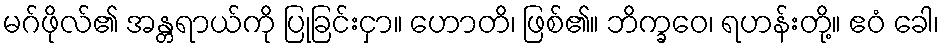
မဂ်ဖိုလ်၏ အန္တရာယ်ကို ပြုခြင်းငှာ။ ဟောတိ၊ ဖြစ်၏။ ဘိက္ခဝေ၊ ရဟန်းတို့။ ဧဝံ ခေါ၊